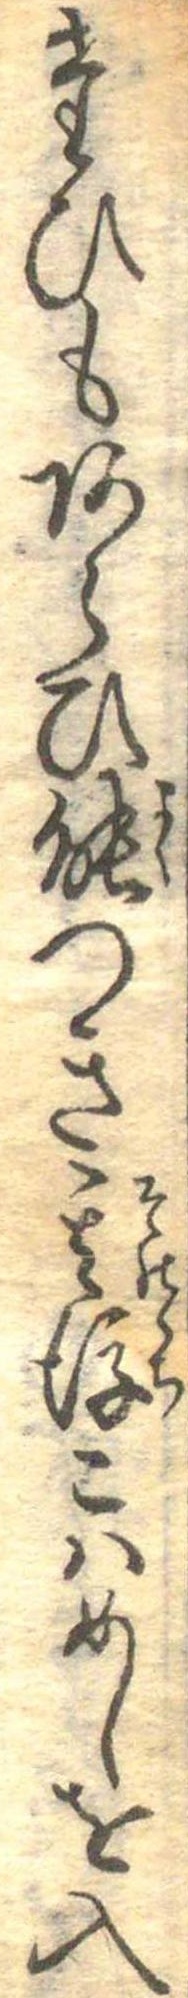
たひもあらひ能つき其後こはめしを入